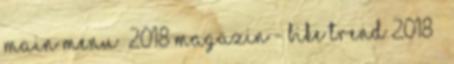
Main Menu —2018 magazin - BIKE TREND 2018 –